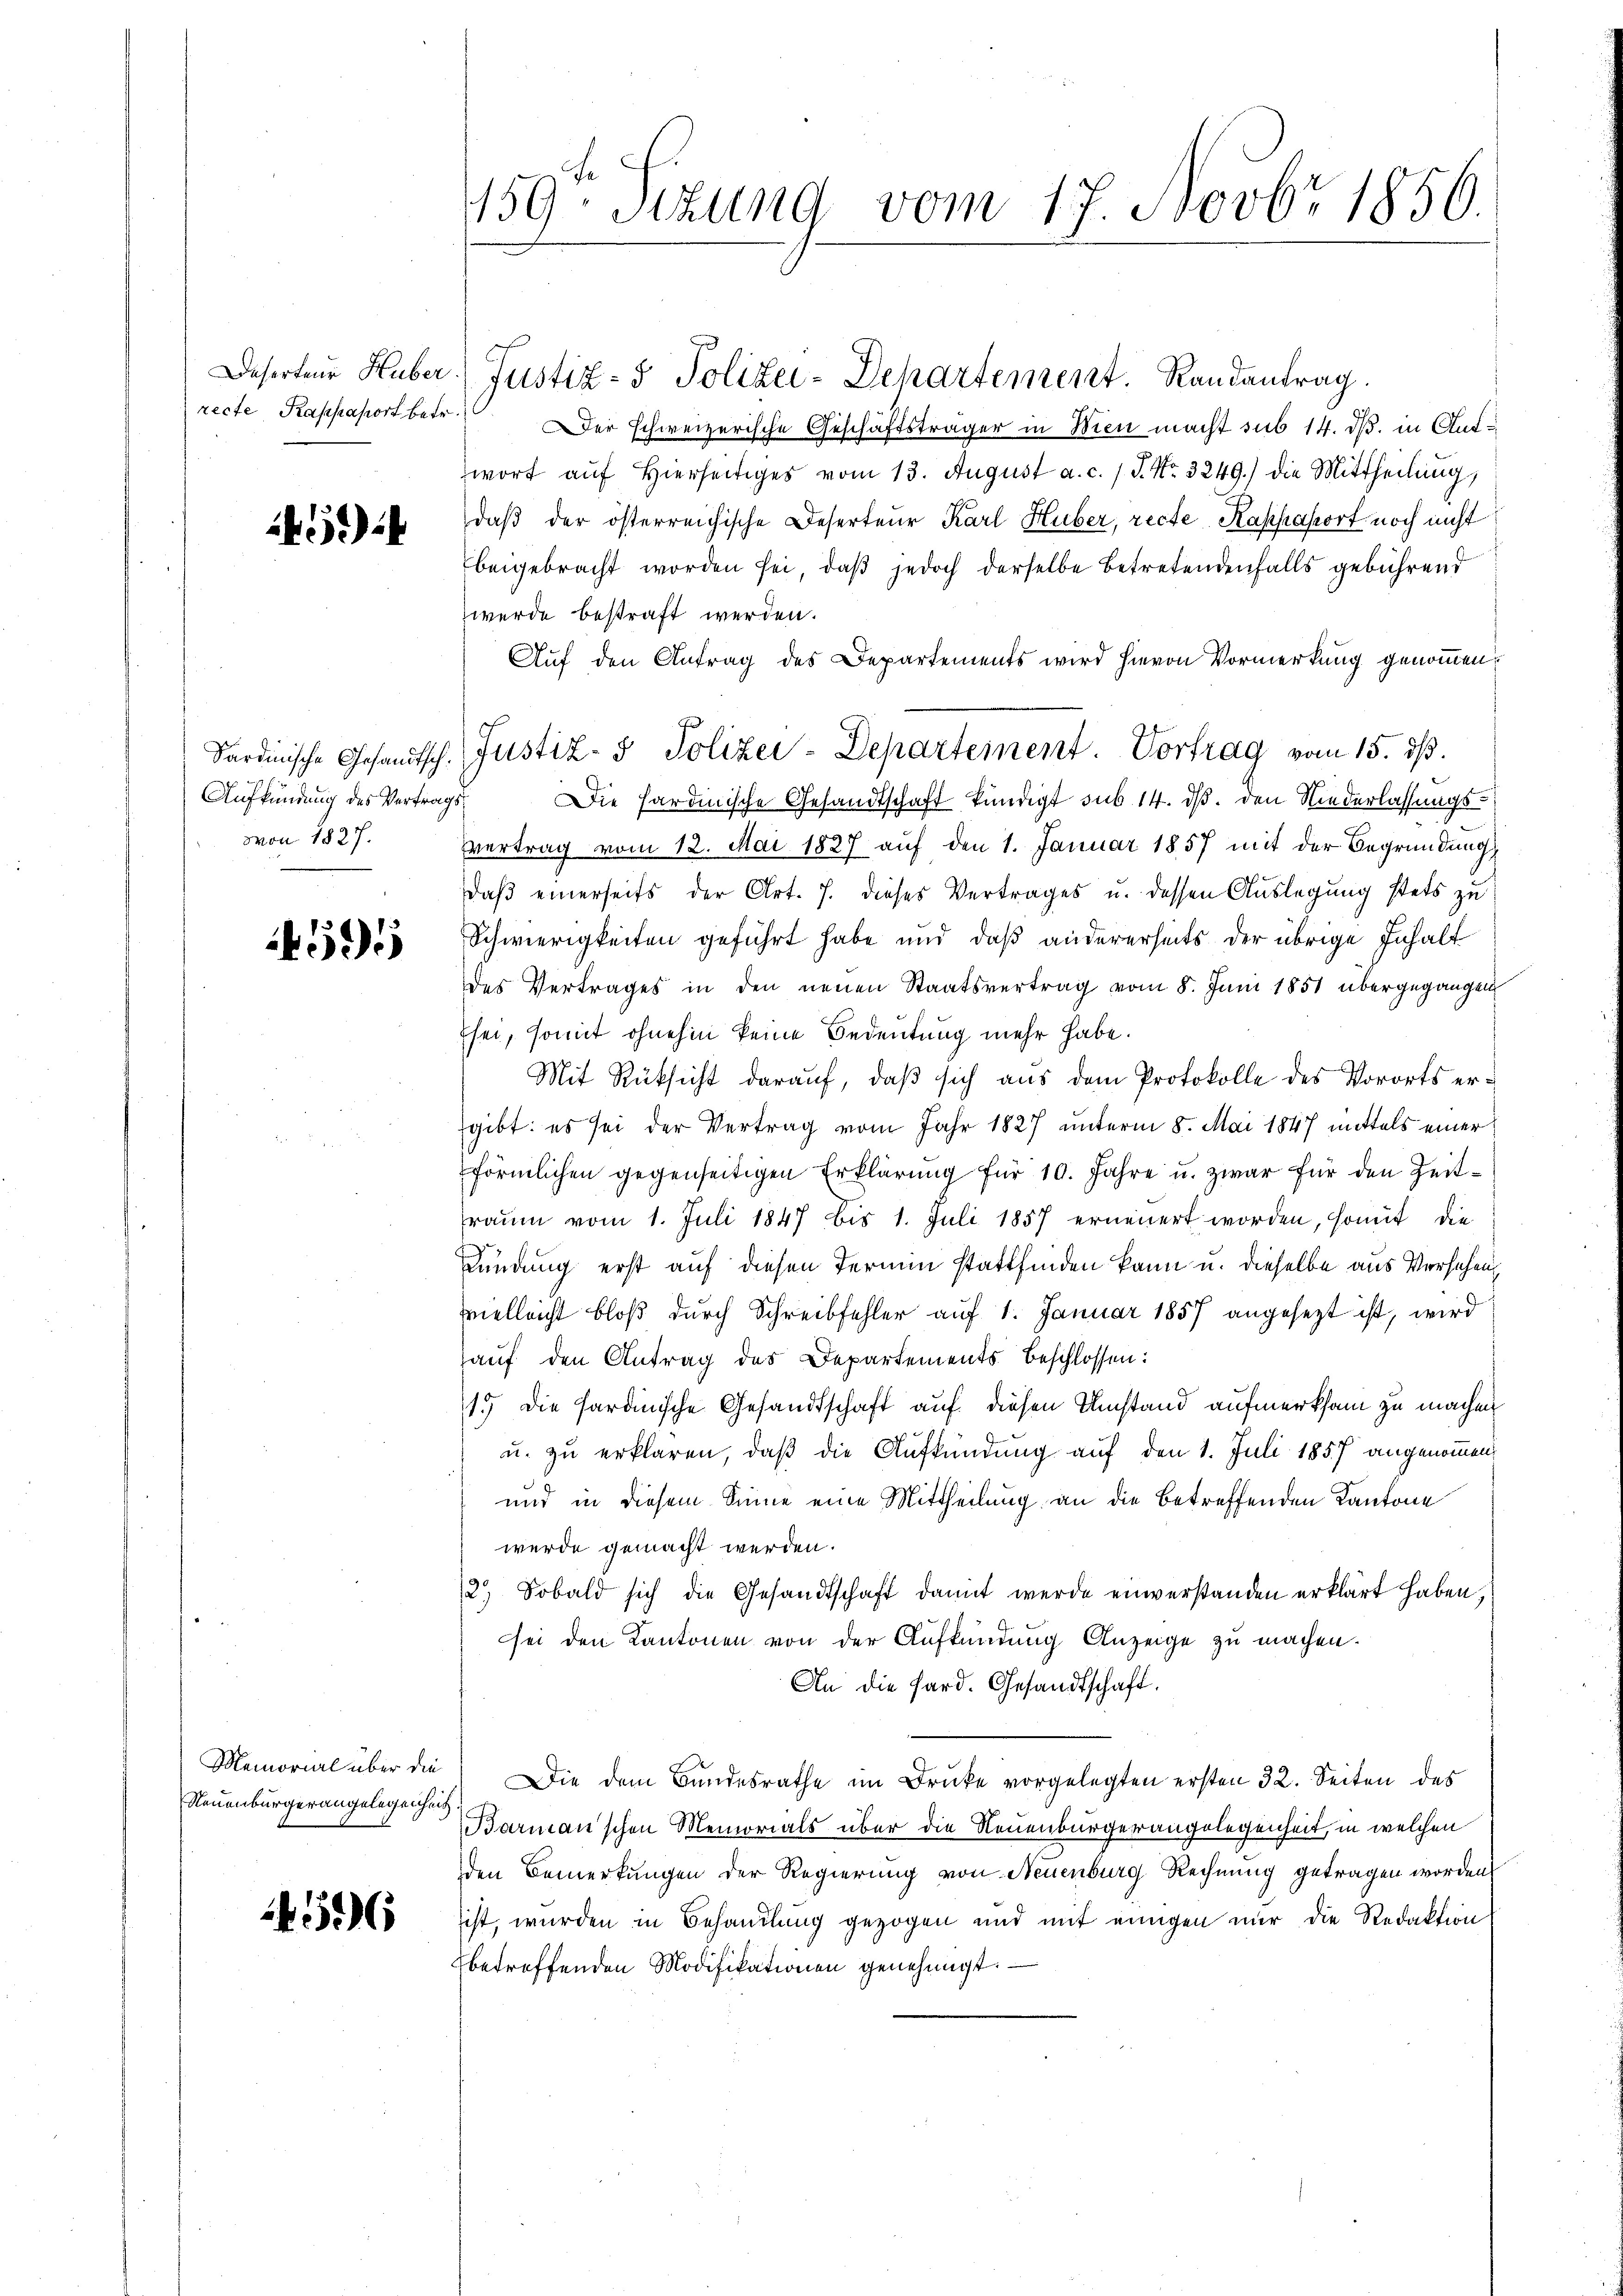
Deserteur Huber
recte Kaphaport betr.

)

Aufkündung des Vertragsvon 1827.

591

Memorial über die
Neuenburger angelegenheit

4596

159ten Sizung vom 17. Novbr 1856.

Justiz- & Polizei-Departement. Randantrag.
Der schweizerische Geschäftsträger in Wien macht sub 14. ds. in Aufwort auf Hierseitiges vom 13. August a. c. 1 S. Nr. 3249.) Die Mittheilung,
daβ der österreichische Deserteur Karl Huber, recte Kaphasort noch nicht
beigebracht worden sei, daß jedoch derselbe betretendenfalls gebührend
wurde bestraft werden.
Auf den Antrag des Departements wird hievon Vormerkung genommen.
Sardinische Gesandtsch. Justiz- & Polizei-Departement. Vortrag vom 15. dß.
Die hardinische Gesandtschaft kündigt sub 14. ds. den Niederlassungs¬
Vertrag vom 12. Mai 1827 auf den 1. Januar 1857 mit der Begründung
daß einerseits der Art. 7. dieses Vertrages u. dessen Auslegung stets zu
Schwierigkeiten geführt habe und daß andererseits der übrige Inhalt
des Vertrages in den neuen Staatsvertrag vom 8. Juni 1851 übergegangen
Esei, somit ohnehin keine Bedeutung mehr habe.
Mit Rüksicht darauf, daß sich aus dem Protokolle des Vororts ergibt: es sei der Vertrag vom Jahr 1827 unterm 8. Mai 1847 mittels einer
förmlichen gegenseitigen Erklärung für 10. Jahre u. zwar für den Zeitraum vom 1. Juli 1847 bis 1. Juli 1857 erneuert worden, somit die
Kündung erst auf diesen Termin stattfinden kann u. dieselbe aus Versehen,
vvielleicht bloß durch Schreibfehler auf 1. Januar 1857 angesezt ist, wird
auf den Antrag des Departements beschlossen:
15 die sardinische Gesandtschaft auf diesen Umstand aufmerksam zu machen
u. zu erklären, daß die Aufkündung auf den 1. Juli 1857 angenommen,
und in diesem Sinne eine Mittheilung an die betreffenden Kantone
werde gemacht werden.
12.) Sobald sich die Gesandtschaft damit werde einverstanden erklärt haben,
sei den Kantonen von der Aufkündung Anzeige zu machen.
An die Sard. Gesandtschaft.
Die dem Bundesrathe im Druke vorgelegten ersten 32. Seiten des
Barman'schen Memorials über die Neuenburgerangelegenheit, in welchen
den Bemerkungen der Regierung von Neuenburg Rechnung getragen worden
ist, wurden in Behandlung gezogen und mit einigen nur die Redaktion
betreffenden Modifikationen genehmigt.